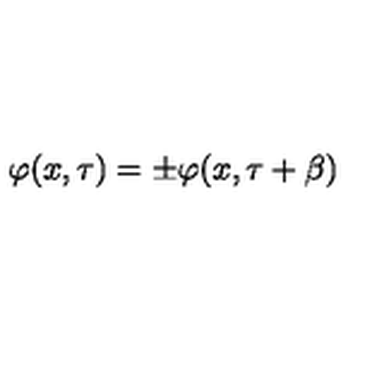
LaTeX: \varphi ( x , \tau ) = \pm \varphi ( x , \tau + \beta )